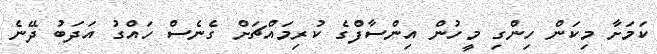
ކަމަށާ މިކަން ހިންގި މީހުން އިންސާފްގެ ކުރިމައްޗަށް ގެނެސް ހައްގު އަދަބު ދޭނެ